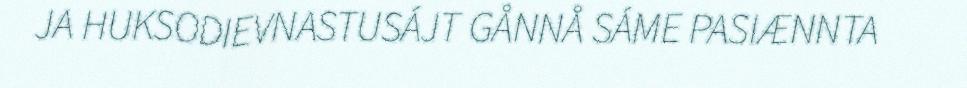
JA HUKSODIEVNASTUSÁJT GÅNNÅ SÁME PASIÆNNTA